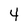
Character: 4